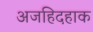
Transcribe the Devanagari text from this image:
अजहिदहाक